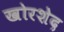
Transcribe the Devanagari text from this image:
खोरशेद